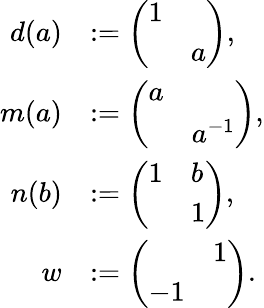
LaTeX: \begin{array}{rl}{d(a)}&{:=\left(\begin{array}{ll}{1}&\\ &{a}\end{array}\right),}\\ {m(a)}&{:=\left(\begin{array}{ll}{a}&\\ &{a^{-1}}\end{array}\right),}\\ {n(b)}&{:=\left(\begin{array}{ll}{1}&{b}\\ &{1}\end{array}\right),}\\ {w}&{:=\left(\begin{array}{ll}&{1}\\ {-1}&\end{array}\right).}\end{array}